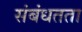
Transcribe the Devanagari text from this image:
संबंधतता